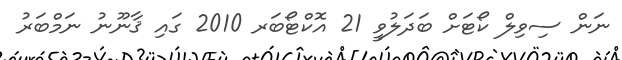
ނަން ސިވިލް ކޯޓަށް ބަދަލުވީ 21 އޮކްޓޯބަރ 2010 ގައި ޤާނޫނު ނަމްބަރު